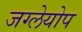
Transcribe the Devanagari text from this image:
जग्लेयोप